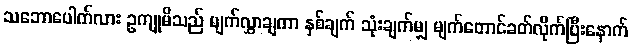
သဘောပေါက်လား ဥကျုမိသည် မျက်လွှာချကာ နှစ်ချက် သုံးချက်မျှ မျက်တောင်ခတ်လိုက်ပြီးနောက်